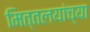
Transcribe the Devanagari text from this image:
मित्तलयांच्या